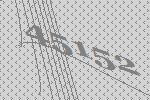
45152